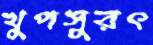
খুপসুরৎ